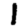
Digit: 1